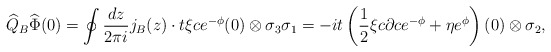
\begin{align*}\widehat{Q}_B\widehat{\Phi}(0)=\oint\frac{dz}{2\pi i}j_B(z)\cdot t\xi ce^{-\phi}(0)\otimes\sigma_3\sigma_1=-it\left(\frac{1}{2}\xi c\partial ce^{-\phi}+\eta e^{\phi}\right)(0)\otimes\sigma_2, \end{align*}